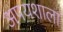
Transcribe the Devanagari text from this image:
अपयशाला